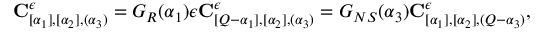
{ \bf C } _ { [ \alpha _ { 1 } ] , [ \alpha _ { 2 } ] , ( \alpha _ { 3 } ) } ^ { \epsilon } = G _ { R } ( \alpha _ { 1 } ) \epsilon { \bf C } _ { [ Q - \alpha _ { 1 } ] , [ \alpha _ { 2 } ] , ( \alpha _ { 3 } ) } ^ { \epsilon } = G _ { N S } ( \alpha _ { 3 } ) { \bf C } _ { [ \alpha _ { 1 } ] , [ \alpha _ { 2 } ] , ( Q - \alpha _ { 3 } ) } ^ { \epsilon } ,